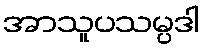
အာသူပသမ္ပဒါ